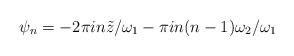
LaTeX: \begin{align*}\psi_n = -2\pi i n\tilde{z}/\omega_1 -\pi i n(n-1)\omega_2/\omega_1\end{align*}